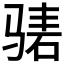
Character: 𬴃